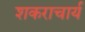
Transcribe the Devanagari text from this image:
शकराचार्य